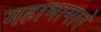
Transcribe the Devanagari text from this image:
महाभागाने